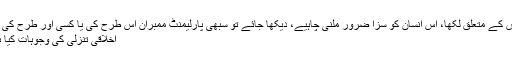
میں نے بھی اپنے بلاگ پر اس کے متعلق لکھا، اس انسان کو سزا ضرور ملنی چاہیے، دیکھا جائے تو سبھی پارلیمنٹ ممبران اس طرح کی یا کسی اور طرح کی کرپشن میں ضرور ملوث ہیں
اخلاقی تنزلی کی وجوہات کیا ہو سکتی ہیں، تعلیم کی کمی ؟